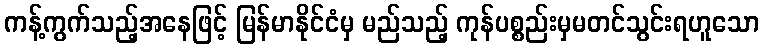
ကန့်ကွက်သည့်အနေဖြင့် မြန်မာနိုင်ငံမှ မည်သည့် ကုန်ပစ္စည်းမှမတင်သွင်းရဟူသော